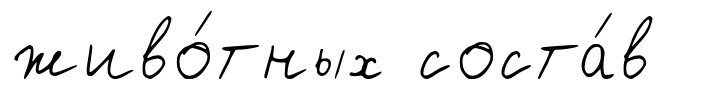
живо́тных соста́в